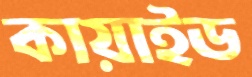
কায়াইড